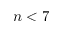
n < 7